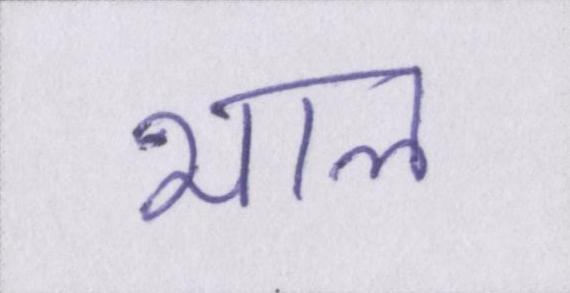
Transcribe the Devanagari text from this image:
भाल